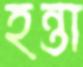
হন্তা